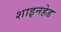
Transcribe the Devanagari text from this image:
शाइनहेड